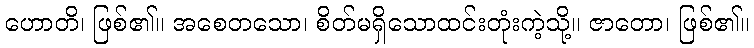
ဟောတိ၊ ဖြစ်၏။ အစေတသော၊ စိတ်မရှိသောထင်းတုံးကဲ့သို့။ ဇာတော၊ ဖြစ်၏။